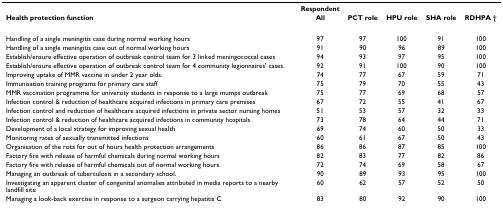
<table><thead><tr><td></td><td><b>Respondent</b></td><td></td><td></td><td></td><td></td></tr><tr><td><b>Health protection function</b></td><td><b>All</b></td><td><b>PCT role</b></td><td><b>HPU role</b></td><td><b>SHA role</b></td><td><b>RDHPA †</b></td></tr></thead><tbody><tr><td>Handling of a single meningitis case during normal working hours</td><td>97</td><td>97</td><td>100</td><td>91</td><td>100</td></tr><tr><td>Handling of a single meningitis case out of normal working hours</td><td>91</td><td>90</td><td>96</td><td>89</td><td>100</td></tr><tr><td>Establish/ensure effective operation of outbreak control team for 3 linked meningococcal cases</td><td>94</td><td>93</td><td>97</td><td>95</td><td>100</td></tr><tr><td>Establish/ensure effective operation of outbreak control team for 4 community legionnaires&#x27; cases.</td><td>92</td><td>91</td><td>100</td><td>90</td><td>100</td></tr><tr><td>Improving uptake of MMR vaccine in under 2 year olds.</td><td>74</td><td>77</td><td>67</td><td>59</td><td>71</td></tr><tr><td>Immunisation training programs for primary care staff</td><td>75</td><td>79</td><td>70</td><td>55</td><td>43</td></tr><tr><td>MMR vaccination programme for university students in response to a large mumps outbreak</td><td>75</td><td>77</td><td>69</td><td>68</td><td>57</td></tr><tr><td>Infection control &amp; reduction of healthcare acquired infections in primary care premises</td><td>67</td><td>72</td><td>55</td><td>41</td><td>67</td></tr><tr><td>Infection control and reduction of healthcare acquired infections in private sector nursing homes</td><td>51</td><td>53</td><td>57</td><td>32</td><td>33</td></tr><tr><td>Infection control &amp; reduction of healthcare acquired infections in community hospitals</td><td>73</td><td>78</td><td>64</td><td>44</td><td>71</td></tr><tr><td>Development of a local strategy for improving sexual health</td><td>69</td><td>74</td><td>60</td><td>50</td><td>33</td></tr><tr><td>Monitoring rates of sexually transmitted infections</td><td>60</td><td>61</td><td>67</td><td>50</td><td>43</td></tr><tr><td>Organisation of the rota for out of hours health protection arrangements</td><td>86</td><td>86</td><td>87</td><td>85</td><td>100</td></tr><tr><td>Factory fire with release of harmful chemicals during normal working hours</td><td>82</td><td>83</td><td>77</td><td>82</td><td>86</td></tr><tr><td>Factory fire with release of harmful chemicals out of normal working hours.</td><td>72</td><td>74</td><td>69</td><td>58</td><td>67</td></tr><tr><td>Managing an outbreak of tuberculosis in a secondary school.</td><td>90</td><td>89</td><td>93</td><td>95</td><td>100</td></tr><tr><td>Investigating an apparent cluster of congenital anomalies attributed in media reports to a nearby landfill site</td><td>60</td><td>62</td><td>57</td><td>52</td><td>50</td></tr><tr><td>Managing a look-back exercise in response to a surgeon carrying hepatitis C</td><td>83</td><td>80</td><td>92</td><td>90</td><td>100</td></tr></tbody></table>